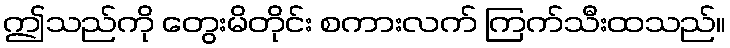
ဤသည်ကို တွေးမိတိုင်း စကားလက် ကြက်သီးထသည်။